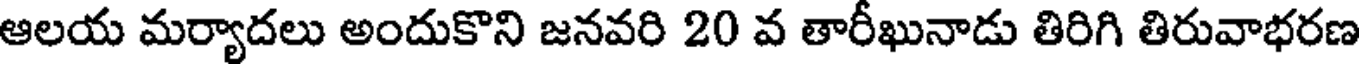
ఆలయ మర్యాదలు అందుకొని జనవరి 20 వ తారీఖునాడు తిరిగి తిరువాభరణ